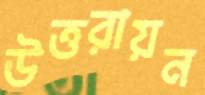
উত্তরায়ন